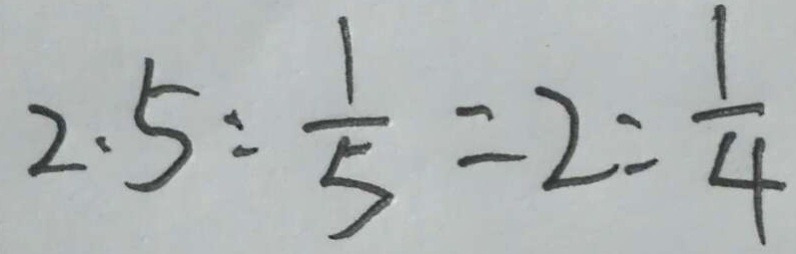
2 . 5 : \frac { 1 } { 5 } = 2 : \frac { 1 } { 4 }